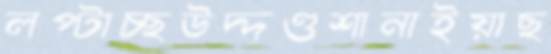
লপ্‌টাচ্ছউদ্দণ্ডশানাইয়াছ